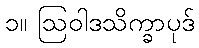
၁။ ဩဝါဒသိက္ခာပုဒ်